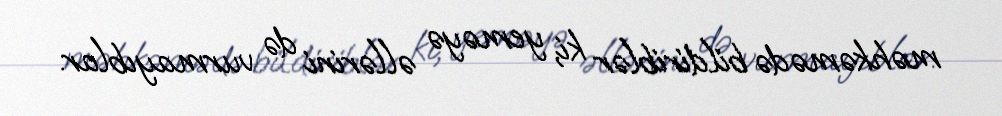
məhkəmədə bildiriblər ki, yeməyə əllərini də vurmayıblar.